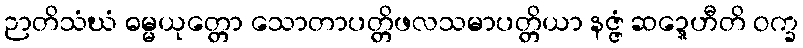
ဉာတိသံဃံ ဓမ္မယုတ္တော သောတာပတ္တိဖလသမာပတ္တိယာ နဇ္ဇံ ဆဍ္ဍေဟီတိ ဝက္ခ